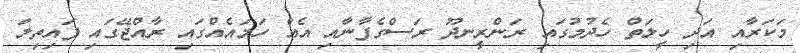
މަކަރާއި އަދި ހީލަތް ހެދުމުގައި ރަންރީނދޫ ރަސްގެފާނާއި އެއް ހަމައެއްގައި ރާއްޖޭގައި ފައިތިލަ